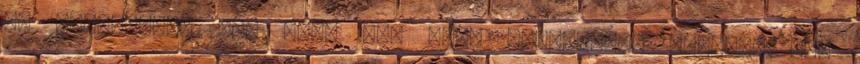
is hiányzott. Úgy hogy nem kell bocsánatot kérned. Hát